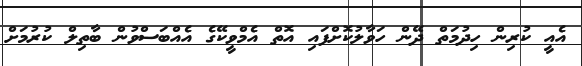
އެއީ ކުރިން ހިދުމަތް ދޭން ހަވާލުކޮށްފައި އޮތް އެމްވީކޭގެ އެއްބަސްވުން ބާތިލް ކުރުމަށް